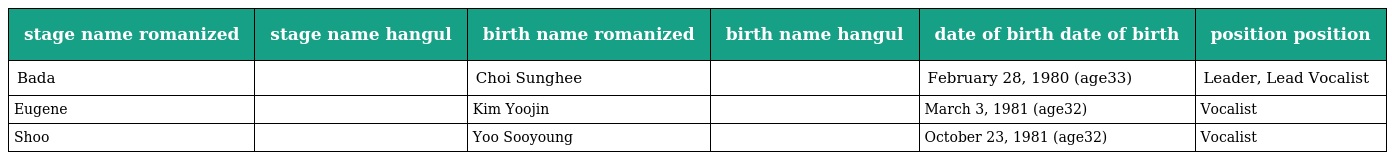
| stage name romanized | stage name hangul | birth name romanized | birth name hangul | date of birth date of birth | position position |
 | --- | --- | --- | --- | --- | --- |
 | Bada | 바다 | Choi Sunghee | 최성희 | February 28, 1980 (age33) | Leader, Lead Vocalist |
 | Eugene | 유진 | Kim Yoojin | 김유진 | March 3, 1981 (age32) | Vocalist |
 | Shoo | 슈 | Yoo Sooyoung | 유수영 | October 23, 1981 (age32) | Vocalist |